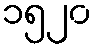
၁၅၂၀